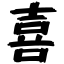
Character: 喜